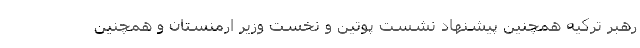
رهبر ترکیه همچنین پیشنهاد نشست پوتین و نخست وزیر ارمنستان و همچنین